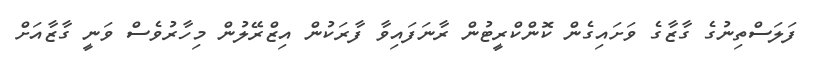
ފަލަސްތިނުގެ ގާޒާގެ ވަށައިގެން ކޮންކްރީޓުން ރާނަފައިވާ ފާރަކުން އިޒްރޭލުން މިހާރުވެސް ވަނީ ގާޒާއަށް